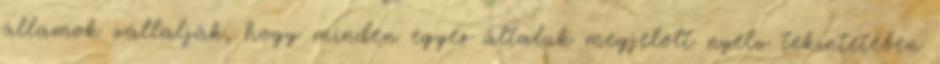
államok vállalják, hogy minden egyes általuk megjelölt nyelv tekintetében